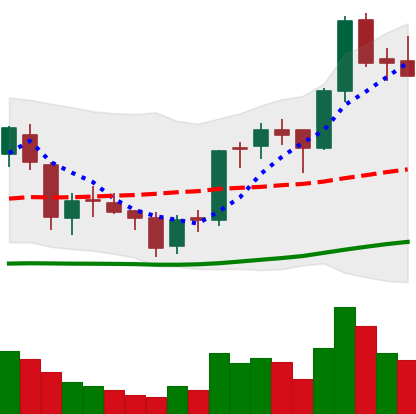
Ticker: BNB-USD
Chart end date: 2018-06-09
Forward return: -6.69%
Label: down_5_7